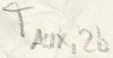
Text: TAUX,2b